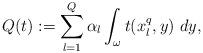
LaTeX: \begin{align*}Q(t) := \sum_{l = 1}^{Q} \alpha_{l} \int_{{\omega}} t(x_{l}^{q},{y}) \, \, d{y}, \end{align*}